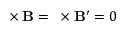
{ \bf \nabla } \times { \bf B } = { \bf \nabla } \times { \bf B ^ { \prime } } = 0